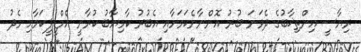
ރިޔާސީ އިންތިޚާބުގެ ދެވަނަ ބުރު އޮންނާނެކަމަށާއި އެބުރު ކާމިޔާބު ކުރާނީ އެމްޑީޕީކަމާއި މެދު